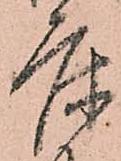
床